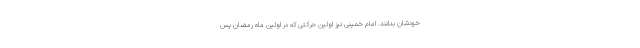
خودشان بدانند. امام خمینی نیز اولین حرکتی که در اولین ماه رمضان پس